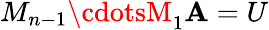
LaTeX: M_{n-1}\cdotsM_{1}\mathbf{A}=U